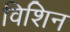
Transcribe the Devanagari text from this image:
विशिन